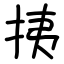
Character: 挗